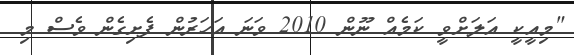
"މިއީކީ އަލަށްވީ ކަމެއް ނޫން 2010 ވަނަ އަހަރުން ފެށިގެން ވެސް މި